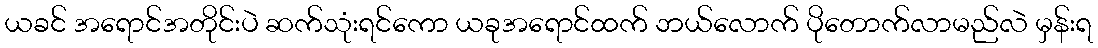
ယခင် အရောင်အတိုင်းပဲ ဆက်သုံးရင်ကော ယခုအရောင်ထက် ဘယ်လောက် ပိုတောက်လာမည်လဲ မှန်းရ